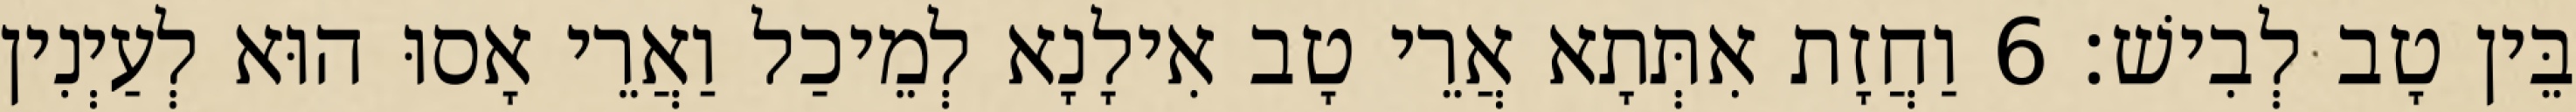
בֵּין טָב לְבִישׁ׃ 6 וַחֲזָת אִתְּתָא אֲרֵי טָב אִילָנָא לְמֵיכַל וַאֲרֵי אָסוּ הוּא לְעַיְנִין